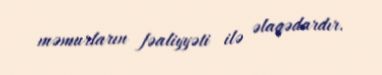
məmurların fəaliyyəti ilə əlaqədardır.